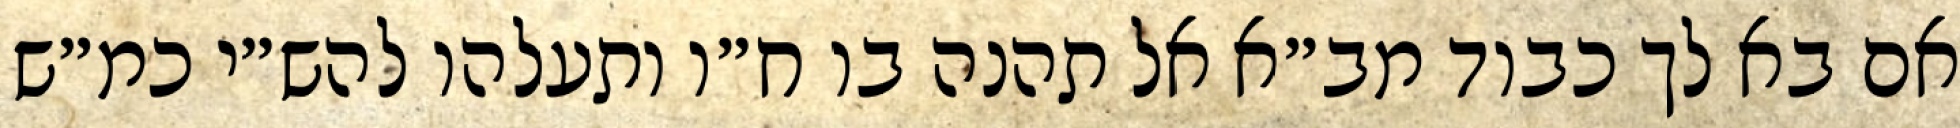
אם בא לך כבוד מב״א אל תהנה בו ח״ו ותעלהו להש״י כמ״ש